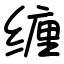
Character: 缠